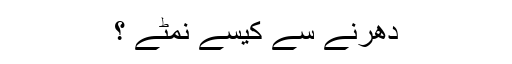
دھرنے سے کیسے نمٹے ؟